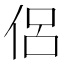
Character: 侶